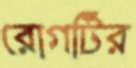
রোগটির